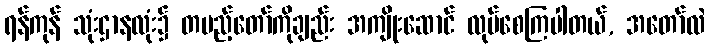
ရန်ကုန် သုံးဌာနလုံး၌ တပည့်တော်ကိုချည်း အကျိုးဆောင် လုပ်စေကြပါတယ်, အတော်လဲ